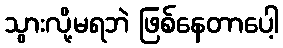
သွားလို့မရဘဲ ဖြစ်နေတာပေါ့